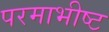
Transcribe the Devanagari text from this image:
परमाभीष्ट